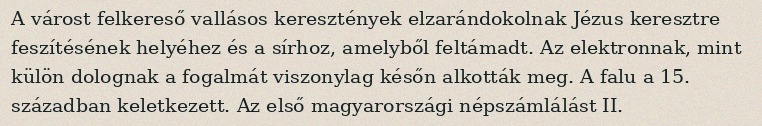
A várost felkereső vallásos keresztények elzarándokolnak Jézus keresztre feszítésének helyéhez és a sírhoz, amelyből feltámadt. Az elektronnak, mint külön dolognak a fogalmát viszonylag későn alkották meg. A falu a 15. században keletkezett. Az első magyarországi népszámlálást II.